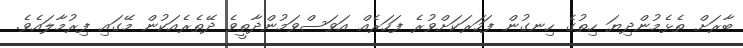
ބާރަށް ތެޅެމުންދިޔަ ހިތުގެ ހިނގުން ފަހަރަކަށްވުރެ ފަހަރެއް އަވަސްވަމުންދާތީވެ ދޭތެރެއަކުން މޭގައި ފިރުމާލައެވެ.